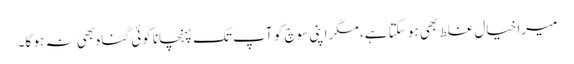
میرا خیال غلط بھی ہو سکتا ہے، مگر اپنی سوچ کو آپ تک پہنچانا کوئی گناہ بھی نہ ہو گا۔